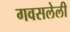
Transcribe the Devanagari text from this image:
गवसलेली